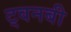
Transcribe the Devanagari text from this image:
ट्वनबी